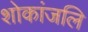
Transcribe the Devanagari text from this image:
शोकांजलि